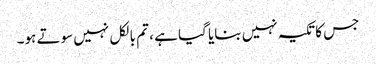
جس کا تکیہ نہیں بنایا گیا ہے ، تم بالکل نہیں سوتے ہو۔